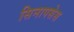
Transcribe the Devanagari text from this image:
सिनापसेस